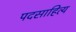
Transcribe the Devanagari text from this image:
पदसाहित्य